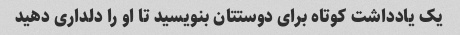
یک یادداشت کوتاه برای دوستتان بنویسید تا او را دلداری دهید